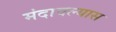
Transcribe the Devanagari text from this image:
मंदावल्यास